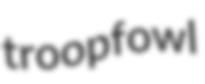
troopfowl